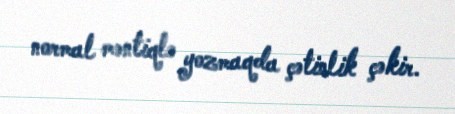
normal məntiqlə yozmaqda çətinlik çəkir.